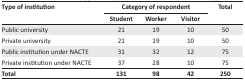
| <ROWSPAN=3> Type of institution | <COLSPAN=3> Category of respondent | <ROWSPAN=3> Total |
 | Student | Worker | Visitor |
 | --- | --- | --- | --- | --- |
 | Public university | 21 | 19 | 10 | 50 |
 | Private university | 21 | 19 | 10 | 50 |
 | Public institution under NACTE | 31 | 32 | 12 | 75 |
 | Private institution under NACTE | 37 | 28 | 10 | 75 |
 | Total | 131 | 98 | 42 | 250 |